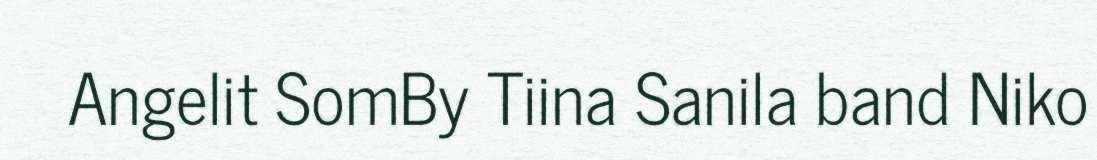
Angelit SomBy Tiina Sanila band Niko